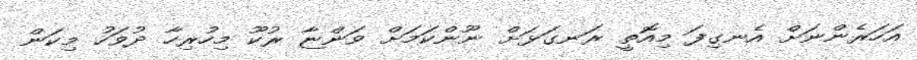
އަހަރެންނަށް އެނގިފަ މިއޮތީ ރަނގަޅަށް ނޫންކަމަށް ވަންޏާ ރުކޫ މިހުރިހާ ދުވަހު މިކަން